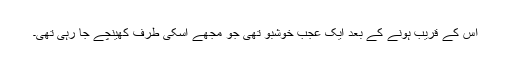
اس کے قریب ہونے کے بعد ایک عجب خوشبو تھی جو مجھے اسکی طرف کھینچے جا رہی تھی۔